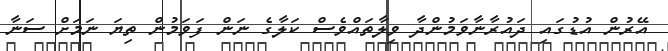
އޭރުން އުޑުގައި ދައުރާނާވަމުންދާ ވިލާތައްވެސް ކަލާގެ ނަން ފަވަމުން ތިޔަ ނަމަށް ސަނާ